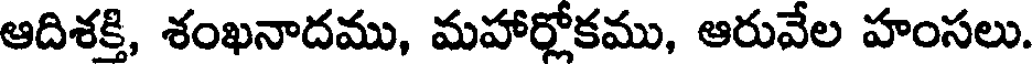
ఆదిశక్తి, శంఖనాదము, మహార్లోకము, ఆరువేల హంసలు.